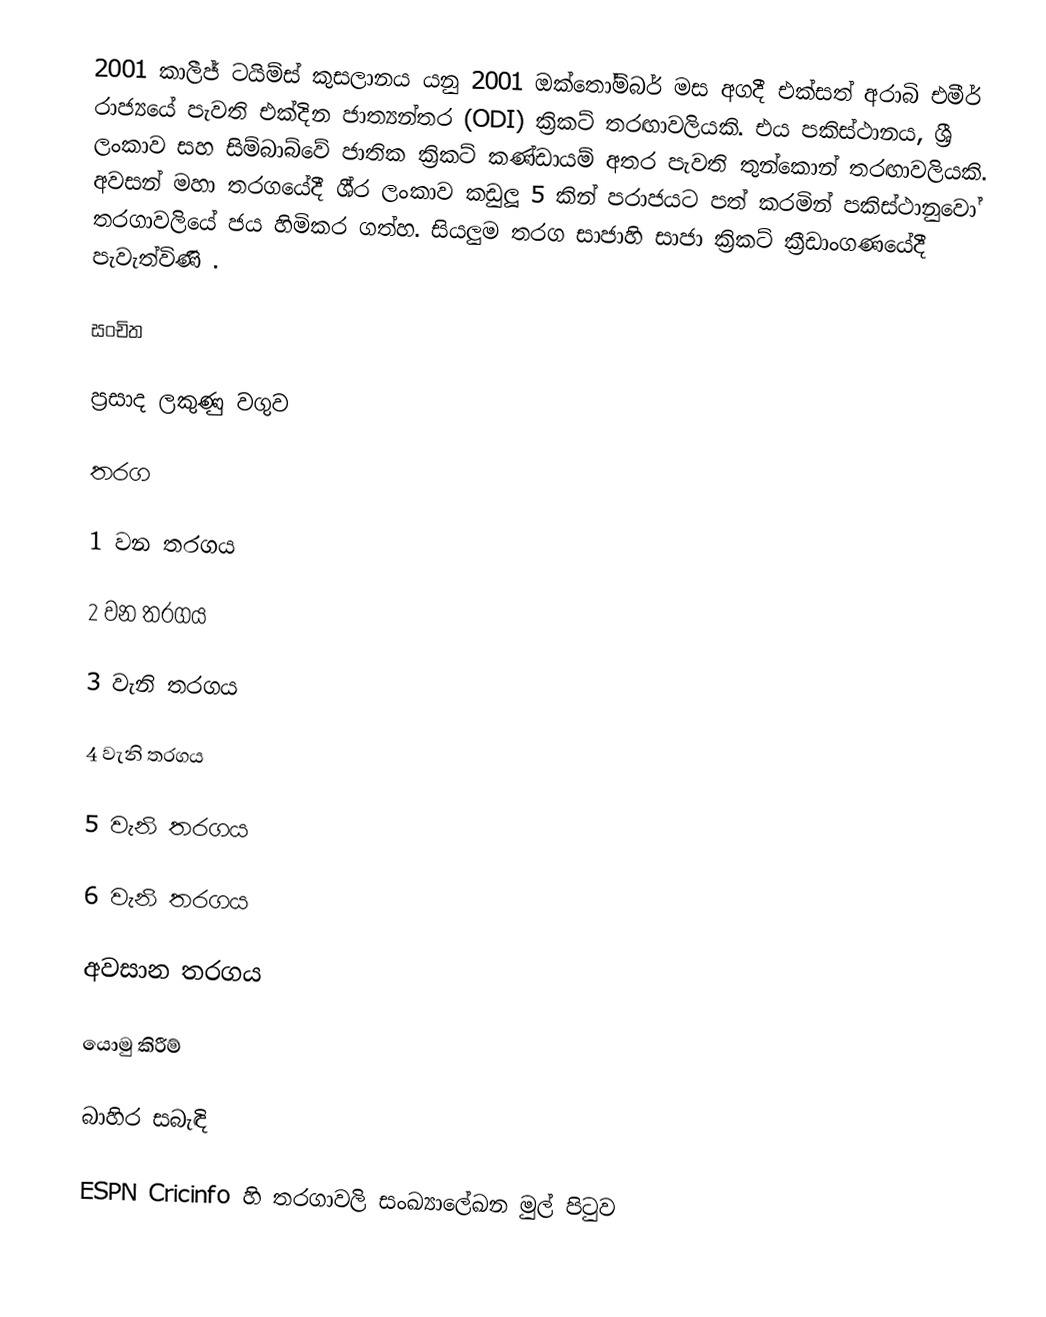
2001 කාලීජ් ටයිම්ස් කුසලානය යනු 2001 ඔක්තෝම්බර් මස අගදී එක්සත් අරාබි එමීර් රාජ්‍යයේ පැවති එක්දින ජාත්‍යන්තර (ODI) ක්‍රිකට් තරඟාවලියකි. එය පකිස්ථානය, ශ්‍රී ලංකාව සහ සිම්බාබ්වේ ජාතික ක්‍රිකට් කණ්ඩායම් අතර පැවති තුන්කොන් තරඟාවලියකි. අවසන් මහා තරගයේදී ශී‍්‍ර ලංකාව කඩුලූ 5 කින් පරාජයට පත් කරමින් පකිස්ථානුවෝ තරගාවලියේ ජය හිමිකර ගත්හ. සියලුම තරග සාජාහි සාජා ක්‍රිකට් ක්‍රීඩාංගණයේදී පැවැත්විණි .

සංචිත

ප්‍රසාද ලකුණු වගුව

තරග

1 වන තරගය

2 වන තරගය

3 වැනි තරගය

4 වැනි තරගය

5 වැනි තරගය

6 වැනි තරගය

අවසාන තරගය

යොමු කිරීම්

බාහිර සබැඳි

 ESPN Cricinfo හි තරගාවලි සංඛ්‍යාලේඛන මුල් පිටුව